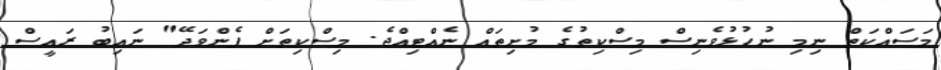
މަސައްކަތް ނިމި ނުހުޅުވެނިސް މިސްކިތުގެ މުށިތައް ނެއްޓިއްޖެ. މިސްކިތަށް ފެންވަދޭ" ނައިބު ރައީސް